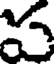
ప